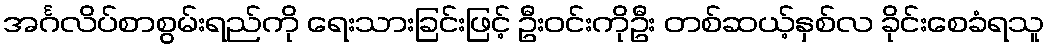
အင်္ဂလိပ်စာစွမ်းရည်ကို ရေးသားခြင်းဖြင့် ဦးဝင်းကိုဦး တစ်ဆယ့်နှစ်လ ခိုင်းစေခံရသူ